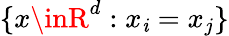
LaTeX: \{ x\inR^{d}:x_{\mathit{i}}=x_{j}\}